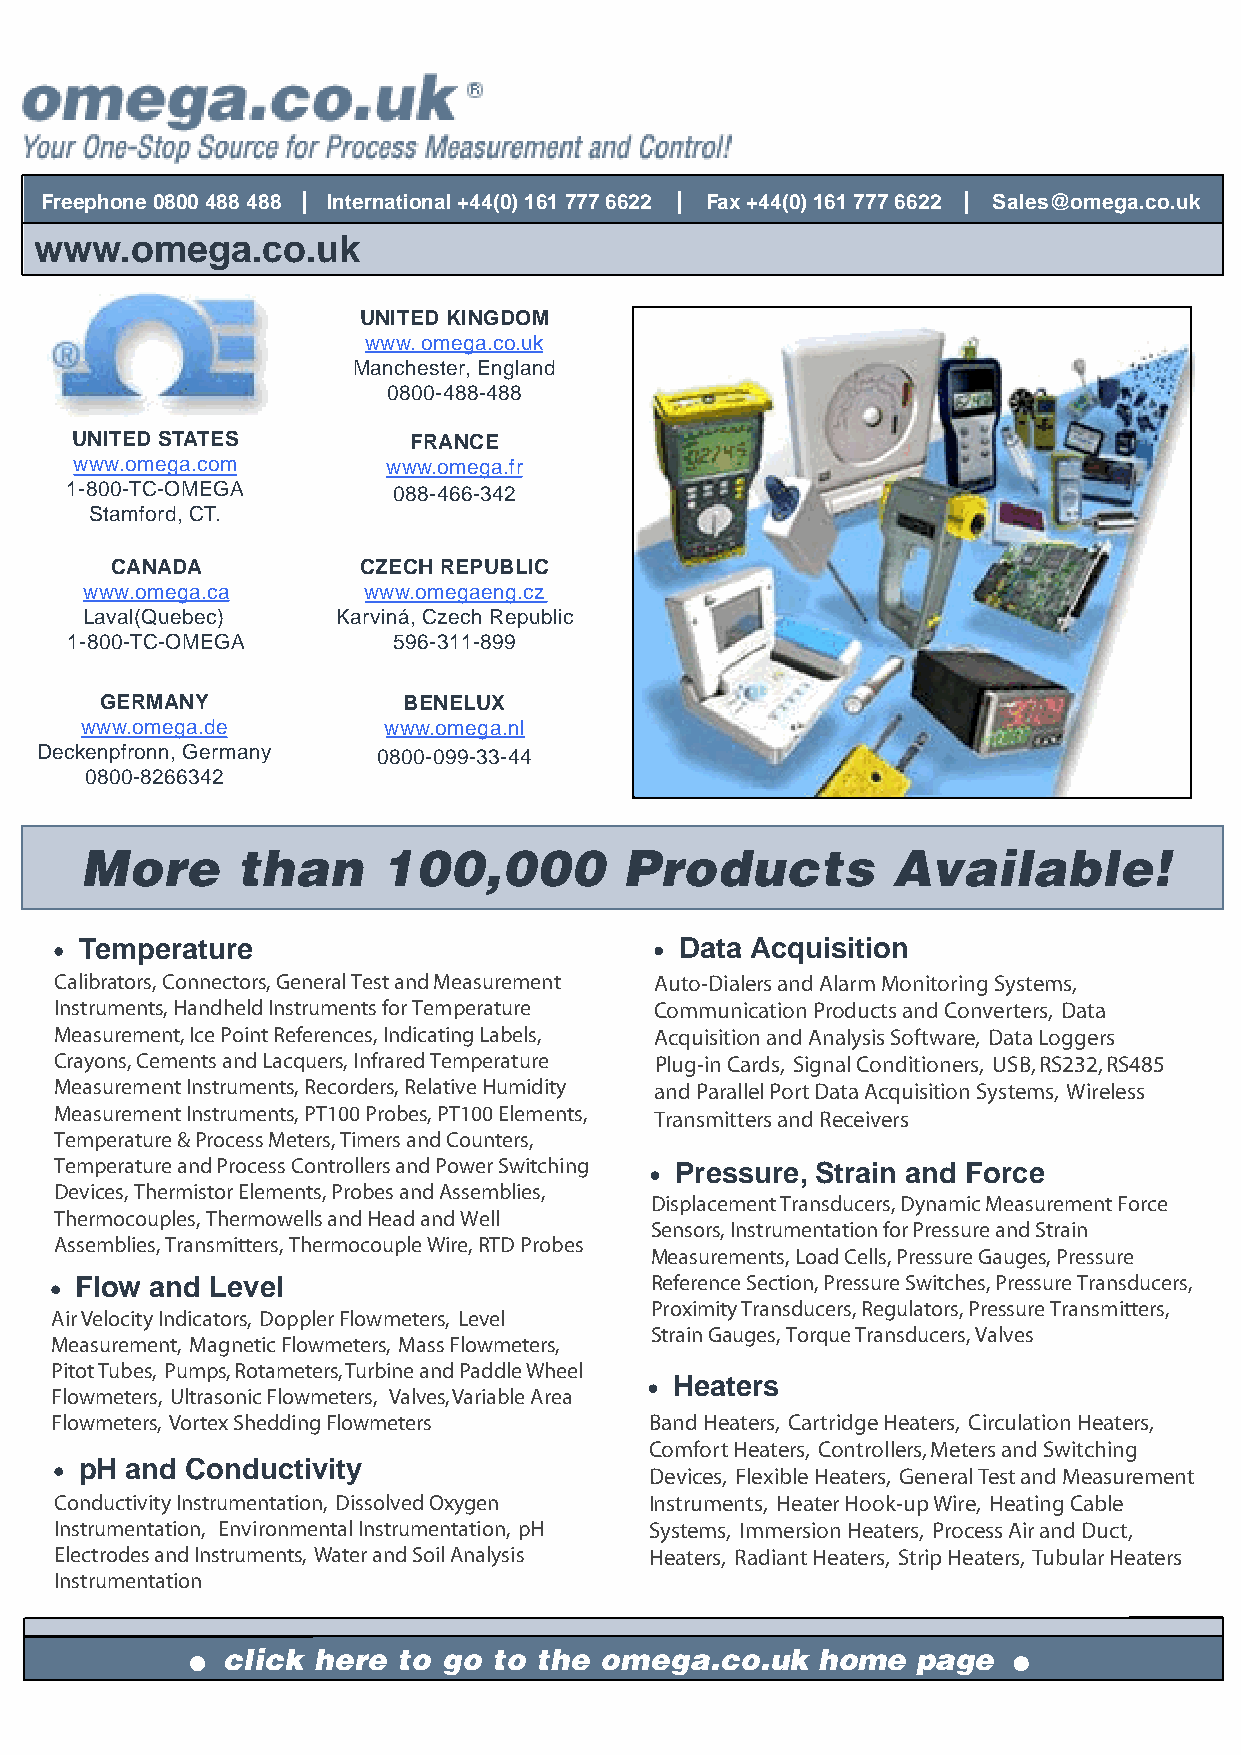
Freephone 0800 488 488 | International +44(0) 161 777 6622 | Fax +44(0) 161 777 6622 | Sales@omega.co.uk
 www.omega.co.uk
 UNITED KINGDOM
 www.omega.co.uk
 Manchester, England
 0800-488-488
 UNITED STATES         FRANCE
 www.omega.com        www.omega.fr
 1-800-TC-OMEGA        088-466-342
 Stamford, CT.
 CANADA           CZECH REPUBLIC
 www.omega.ca      www.omegaeng.cz
 Laval(Quebec)    Karviná, Czech Republic
 1-800-TC-OMEGA        596-311-899
 GERMANY             BENELUX
 www.omega.de        www.omega.nl
 Deckenpfronn, Germany  0800-099-33-44
 0800-8266342
 More       than     100,000         Products          Available!
 Temperature                             Data Acquisition
 Calibrators, Connectors, General Test and Measurement Auto-DialersandAlarmMonitoringSystems,
 Instruments, Handheld Instruments for Temperature CommunicationProductsandConverters, Data
 Measurement, Ice Point References, Indicating Labels, AcquisitionandAnalysisSoftware, DataLoggers
 Crayons, Cements and Lacquers, Infrared Temperature Plug-inCards, SignalConditioners, USB,RS232,RS485
 Measurement Instruments, Recorders, Relative Humidity andParallelPortDataAcquisitionSystems, Wireless
 Measurement Instruments, PT100 Probes, PT100 Elements, TransmittersandReceivers
 Temperature & Process Meters, Timers and Counters,
 Temperature and Process Controllers and Power Switching Pressure, Strain and Force
 Devices, Thermistor Elements, Probes and Assemblies,
 Displacement Transducers, Dynamic Measurement Force
 Thermocouples, Thermowells and Head and Well
 Sensors, Instrumentation for Pressure and Strain
 Assemblies, Transmitters, Thermocouple Wire, RTD Probes
 Measurements, Load Cells, Pressure Gauges, Pressure
 Flow and Level                        Reference Section, Pressure Switches, Pressure Transducers,
 Proximity Transducers, Regulators, Pressure Transmitters,
 AirVelocityIndicators, DopplerFlowmeters, Level
 Strain Gauges, Torque Transducers, Valves
 Measurement, MagneticFlowmeters, MassFlowmeters,
 PitotTubes, Pumps,Rotameters,TurbineandPaddleWheel
 Heaters
 Flowmeters, UltrasonicFlowmeters, Valves,VariableArea
 Flowmeters, VortexSheddingFlowmeters    BandHeaters, CartridgeHeaters, CirculationHeaters,
 ComfortHeaters, Controllers,MetersandSwitching
 pH and Conductivity
 Devices, FlexibleHeaters, GeneralTestandMeasurement
 ConductivityInstrumentation, DissolvedOxygen Instruments, HeaterHook-upWire, HeatingCable
 Instrumentation, EnvironmentalInstrumentation, pH Systems, ImmersionHeaters, ProcessAirandDuct,
 ElectrodesandInstruments, WaterandSoilAnalysis Heaters, RadiantHeaters, StripHeaters, TubularHeaters
 Instrumentation
 click here to go  to the omega.co.uk   home   page